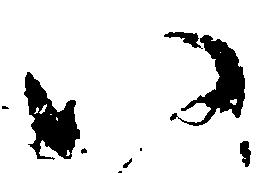
八